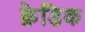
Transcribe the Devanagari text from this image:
क्रेडिक